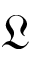
\mathfrak { L }